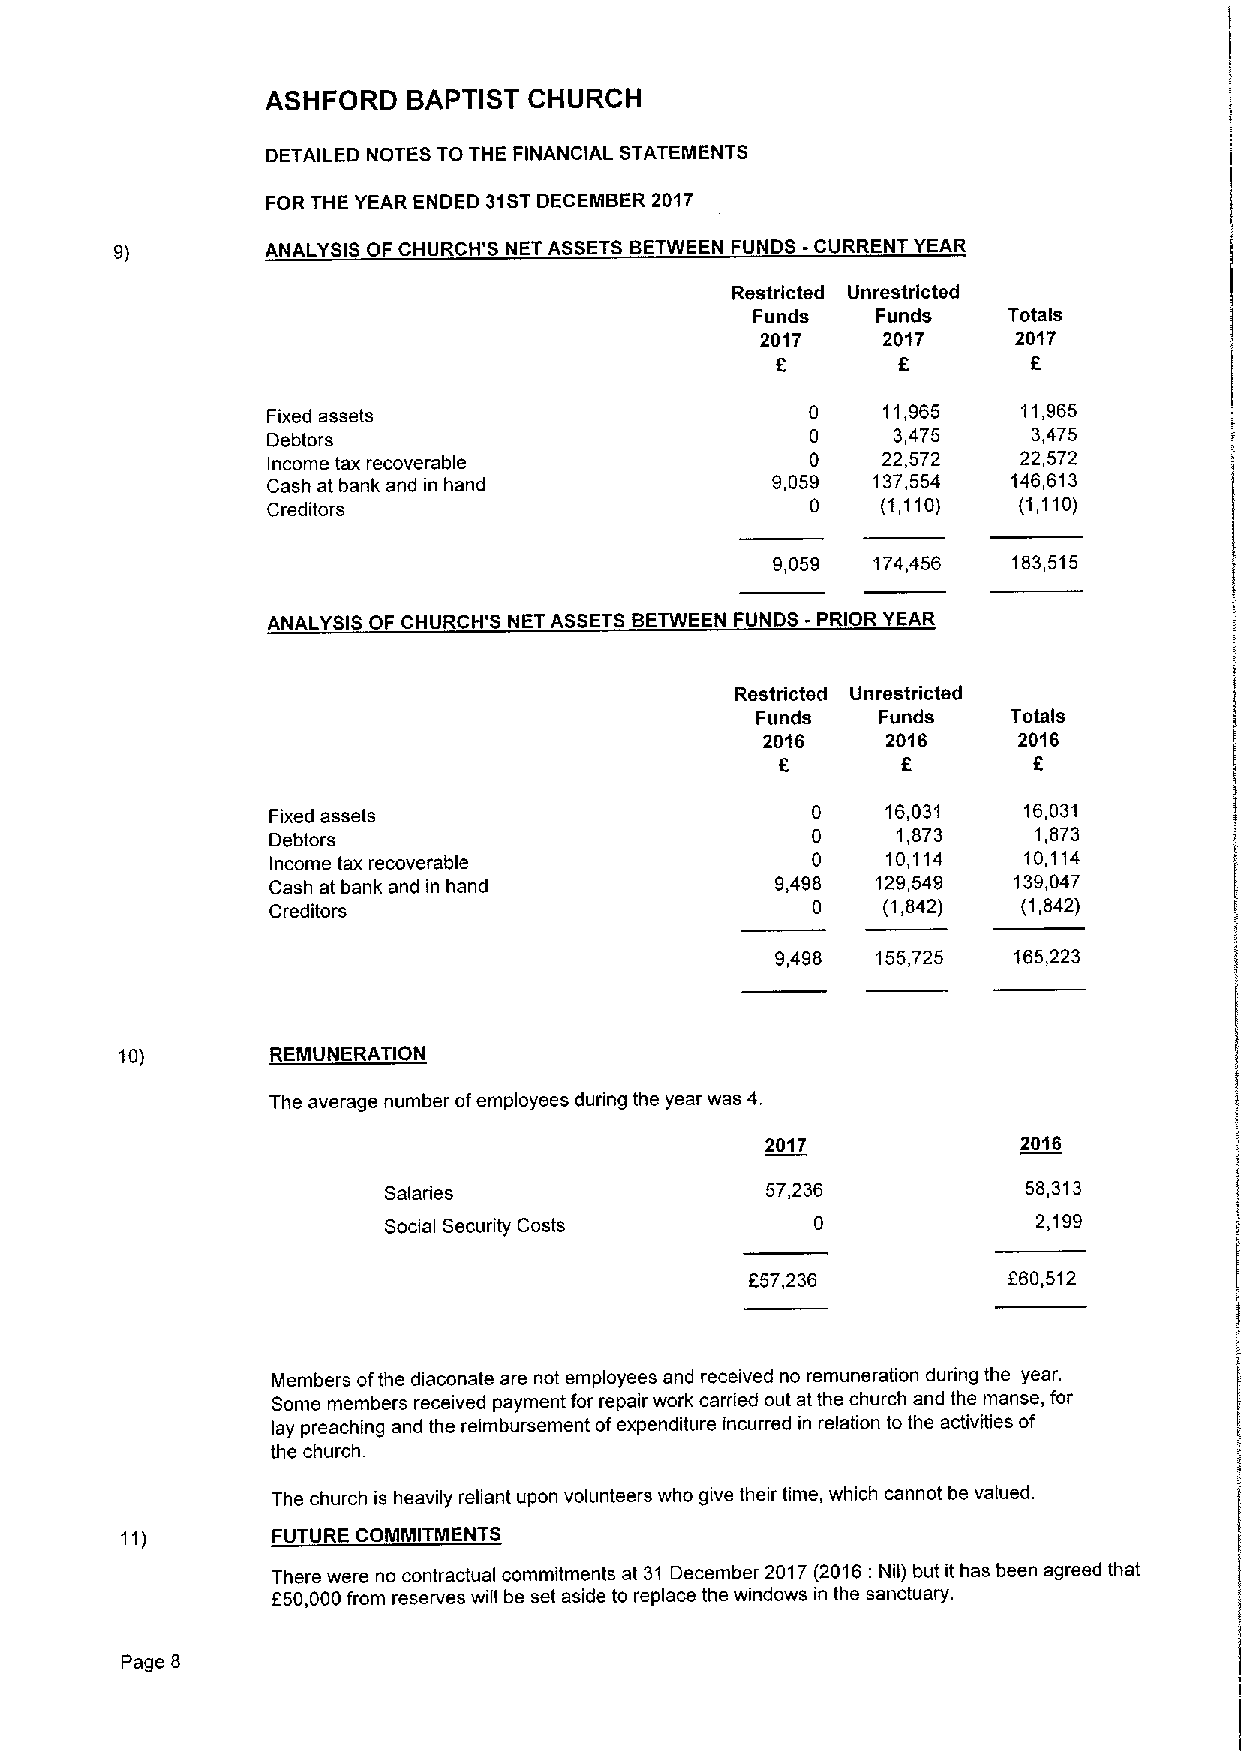
ASHFORD  BAPTIST CHURCH
 DETAILED NOTES TO THE FINANCIAL STATEMENTS
 FOR THE YEAR ENDED 31STDECEMBER 2017
 9)        ANALYSIS OF CHURCH'8 NET ASSETS BETWEEN FUNDS -CURRENT YEAR
 Restricted Unrestricted
 Funds   Funds    Totals
 2017    2017     2017
 6                6
 Fixed assets                        0   11,965    11,965
 Debtors                             0    3,475    3,475
 Income tax recoverable              0   22,572    22,572
 Cash at bank and in hand         9,059  137,554  146,613
 Creditors                           0   (1,110)  (1,110)
 9,059  174,456  183,515
 ANALYSIS OF CHURCH'S NET ASSETS BETWEEN FUNDS -PRIOR YEAR
 Restricted Unrestricted
 Funds   Funds    Totals
 2016     2016    2016
 f
 6       6
 Fixed assets                        0    16,031   16,031
 Debtors                             0    1,873    1,873
 Income tax recoverable              0    10,114   10,114
 Cash at bank and in hand         9,498  129,549  139,047
 Creditors                           0   (1,842)   (1,842)
 9,498  155,725  165,223
 10)       REMUNERATION
 The average number ofemployees during the year was 4.
 2017             2016
 Salaries                  57,236           58,313
 Social Security Costs                       2,199
 657,236          660,512
 Members ofthe diaconate are not employees and received no remuneration during the year.
 Some members received payment for repair work carried out at the church and the manse, for
 lay preaching and the reimbursement ofexpenditure incurred in relation to the activies of
 the church.
 The church is heavily reliant upon volunteers who give their time, which cannot be valued.
 FUTURE COMMITMENTS
 There were no contractual commitments at 31 December 2017(2016: Nil) but it has been agreed that
 f 50,000from reserves will be set aside to replace the windows in the sanctuary.
 Page 8